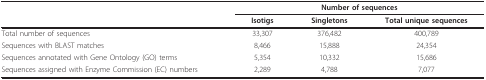
<table><thead><tr><td></td><td colspan="3"><b>Number of sequences</b></td></tr><tr><td></td><td><b>Isotigs</b></td><td><b>Singletons</b></td><td><b>Total unique sequences</b></td></tr></thead><tbody><tr><td>Total number of sequences</td><td>33,307</td><td>376,482</td><td>400,789</td></tr><tr><td>Sequences with BLAST matches</td><td>8,466</td><td>15,888</td><td>24,354</td></tr><tr><td>Sequences annotated with Gene Ontology (GO) terms</td><td>5,354</td><td>10,332</td><td>15,686</td></tr><tr><td>Sequences assigned with Enzyme Commission (EC) numbers</td><td>2,289</td><td>4,788</td><td>7,077</td></tr></tbody></table>